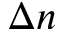
\Delta n